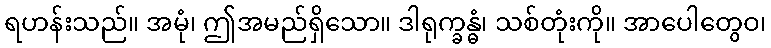
ရဟန်းသည်။ အမုံ၊ ဤအမည်ရှိသော။ ဒါရုက္ခန္ဓံ၊ သစ်တုံးကို။ အာပေါတွေဝ၊